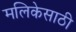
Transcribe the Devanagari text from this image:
मलिकेसाठी